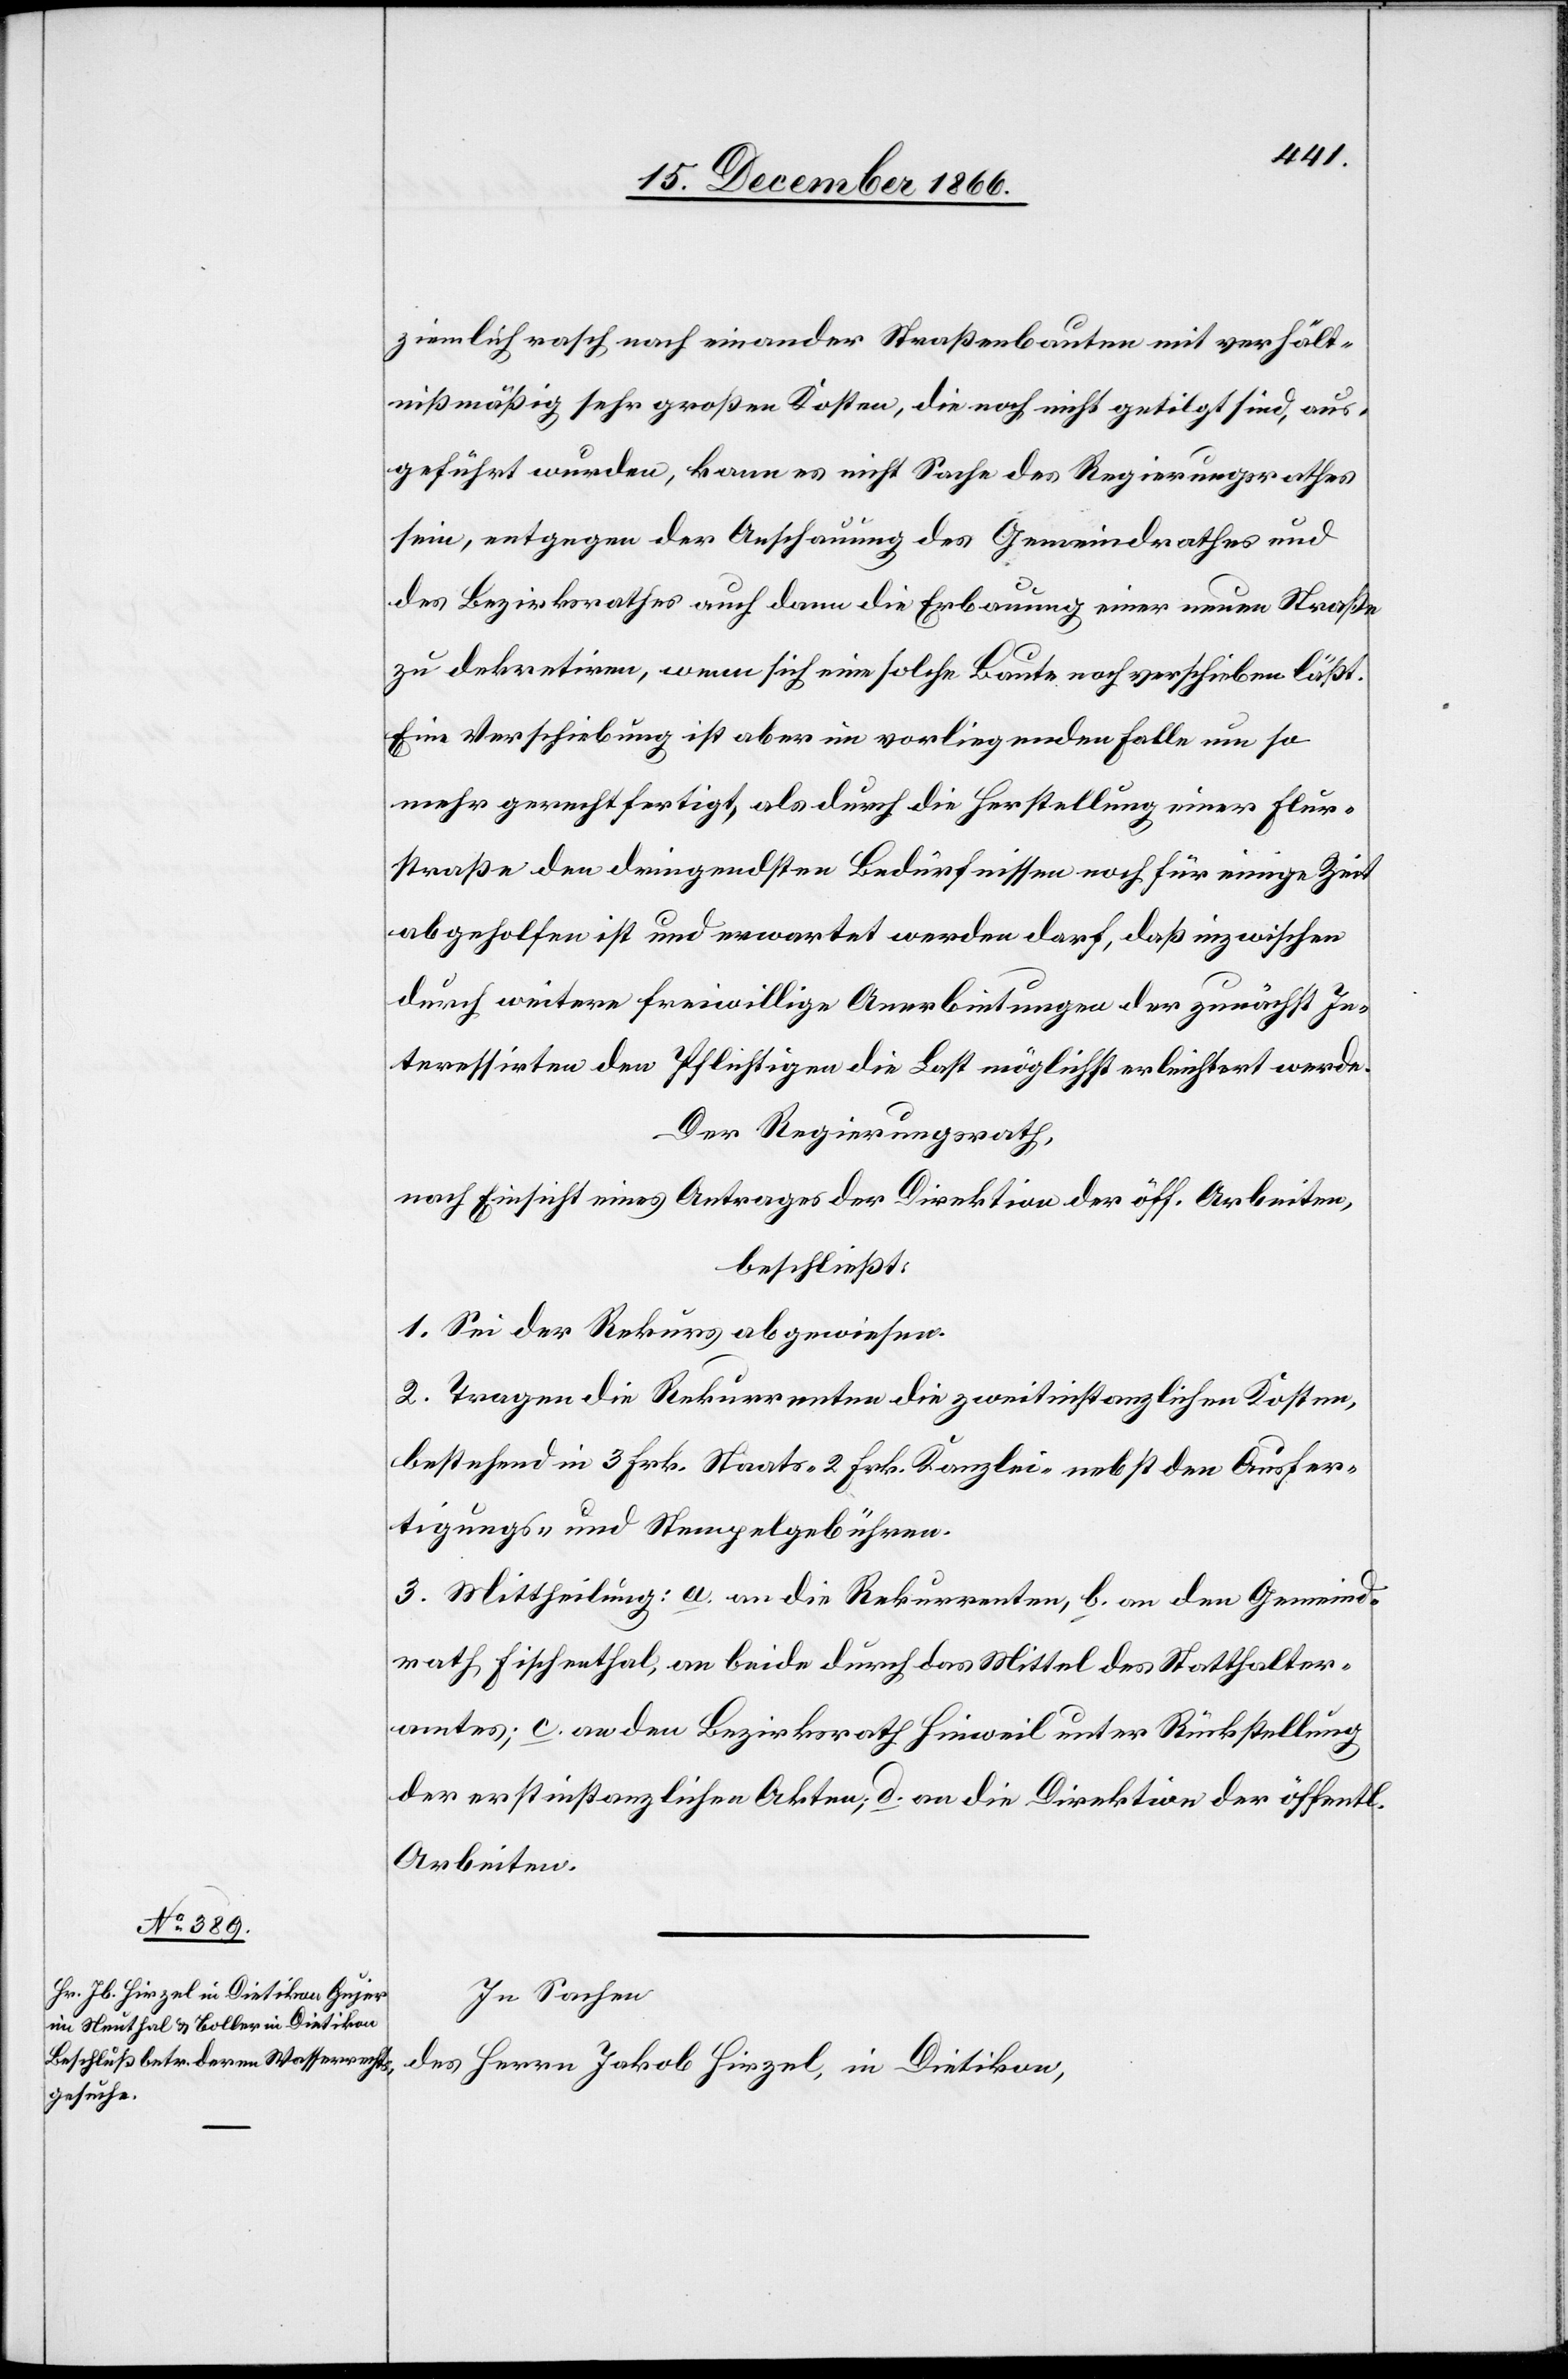
ziemlich rasch nach einander Straßenbauten mit verhält¬
nißmäßig sehr großen Kosten, die noch nicht getilgt sind, aus¬
geführt wurden, kann es nicht Sache des Regierungsrathes
sein, entgegen der Anschauung des Gemeindrathes und
des Bezirksrathes auch dann die Erbauung einer neuen Straße
zu dekretiren, wenn sich eine solche Baute noch verschieben läßt.
Eine Verschiebung ist aber im vorliegenden Falle um so
mehr gerechtfertigt, als durch die Herstellung einer Flur¬
straße den dringendsten Bedürfnissen noch für einige Zeit
abgeholfen ist und erwartet werden darf, daß inzwischen
durch weitere freiwillige Anerbietungen der zunächst In¬
teressirten den Pflichtigen die Last möglichst erleichtert werde.
Der Regierungsrath,
nach Einsicht eines Antrages der Direktion der öff. Arbeiten,
beschließt:
1. Sei der Rekurs abgewiesen.
2. Tragen die Rekurrenten die zweitinstanzlichen Kosten,
bestehend in 3 Frk. Staats-[,] 2 Frk. Kanzlei- nebst den Ausfer¬
tigungs- und Stempelgebühren.
3. Mittheilung: a. an die Rekurrenten, b. an den Gemeind¬
rath Fischenthal, an beide durch das Mittel des Statthalter¬
amtes; c. an den Bezirksrath Hinweil unter Rückstellung
der erstinstanzlichen Akten; d. an die Direktion der öffentl.
Arbeiten.